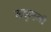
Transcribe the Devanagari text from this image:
ककुहनी